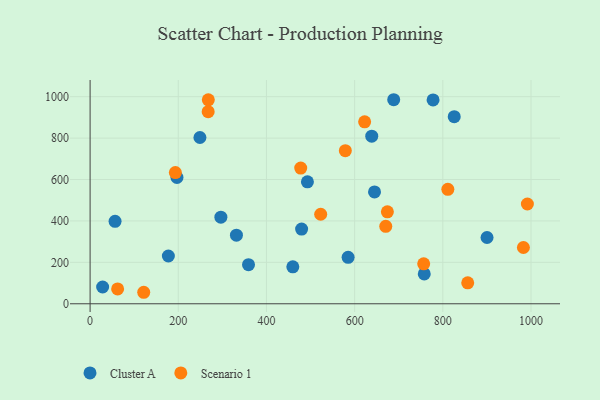
{"axis": {"x": "Experience", "y": "Fuel Efficiency"}, "legend": ["Cluster A", "Scenario 1"], "data": [{"x": "359.3", "y": 188.9, "type": "Cluster A"}, {"x": "197.0", "y": 610.2, "type": "Cluster A"}, {"x": "638.8", "y": 809.1, "type": "Cluster A"}, {"x": "56.6", "y": 398.3, "type": "Cluster A"}, {"x": "459.8", "y": 178.4, "type": "Cluster A"}, {"x": "492.9", "y": 589.0, "type": "Cluster A"}, {"x": "825.9", "y": 903.3, "type": "Cluster A"}, {"x": "757.9", "y": 143.9, "type": "Cluster A"}, {"x": "296.6", "y": 418.2, "type": "Cluster A"}, {"x": "479.7", "y": 360.7, "type": "Cluster A"}, {"x": "177.5", "y": 230.7, "type": "Cluster A"}, {"x": "777.9", "y": 984.1, "type": "Cluster A"}, {"x": "249.1", "y": 803.0, "type": "Cluster A"}, {"x": "585.2", "y": 224.2, "type": "Cluster A"}, {"x": "28.4", "y": 80.9, "type": "Cluster A"}, {"x": "688.6", "y": 985.3, "type": "Cluster A"}, {"x": "331.9", "y": 331.1, "type": "Cluster A"}, {"x": "900.3", "y": 320.0, "type": "Cluster A"}, {"x": "645.1", "y": 540.3, "type": "Cluster A"}, {"x": "121.6", "y": 55.5, "type": "Scenario 1"}, {"x": "268.1", "y": 985.0, "type": "Scenario 1"}, {"x": "62.4", "y": 71.5, "type": "Scenario 1"}, {"x": "267.8", "y": 927.8, "type": "Scenario 1"}, {"x": "622.7", "y": 878.8, "type": "Scenario 1"}, {"x": "523.0", "y": 432.3, "type": "Scenario 1"}, {"x": "991.8", "y": 481.8, "type": "Scenario 1"}, {"x": "674.3", "y": 444.2, "type": "Scenario 1"}, {"x": "982.8", "y": 271.8, "type": "Scenario 1"}, {"x": "856.5", "y": 100.9, "type": "Scenario 1"}, {"x": "811.4", "y": 552.6, "type": "Scenario 1"}, {"x": "193.4", "y": 633.6, "type": "Scenario 1"}, {"x": "578.9", "y": 739.1, "type": "Scenario 1"}, {"x": "670.6", "y": 374.1, "type": "Scenario 1"}, {"x": "756.6", "y": 193.0, "type": "Scenario 1"}, {"x": "477.7", "y": 655.4, "type": "Scenario 1"}]}